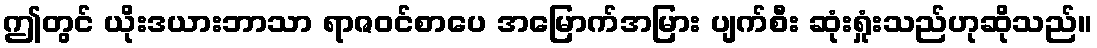
ဤတွင် ယိုးဒယားဘာသာ ရာဇဝင်စာပေ အမြောက်အမြား ပျက်စီး ဆုံးရှုံးသည်ဟုဆိုသည်။